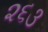
૨૬૩